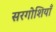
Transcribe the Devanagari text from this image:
सरगोशियाँ